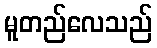
မူတည်လေသည်